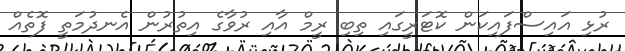
ރުޅި އައިސްފައިކަން ކޮޓަރީގައި ތިބި ރީމް އާއި ރުވާގެ އިތުރުން އެނދުމަތީ ފޮތެއް